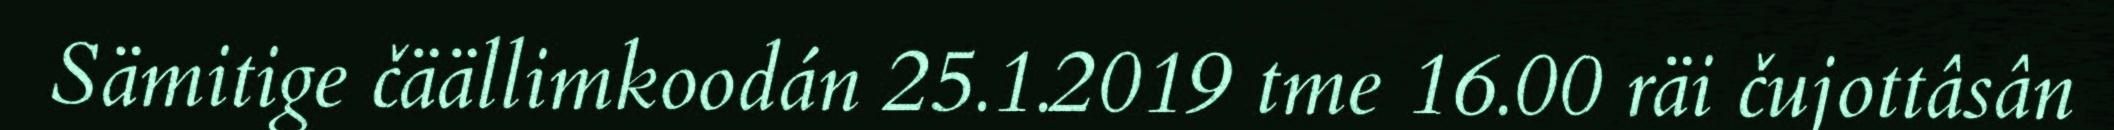
Sämitige čäällimkoodán 25.1.2019 tme 16.00 räi čujottâsân